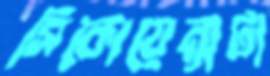
সিকোয়েন্সটা